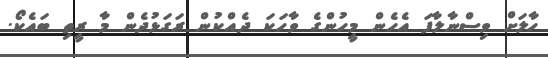
ހާލަށް ވިސްނާލާފަ އެހެން މީހުންގެ ވާހަކަ ދެއްކުން ރަގަޅުދެން މާ ރީތި ބައެކޯ.